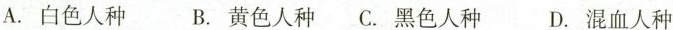
A.白色人种 B.黄色人种 C.黑色人种 D.混血人种